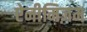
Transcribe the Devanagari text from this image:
ऐनीमिज़म